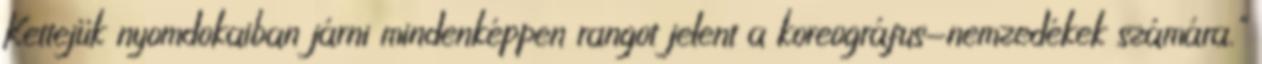
Kettejük nyomdokaiban járni mindenképpen rangot jelent a koreográfus-nemzedékek számára."